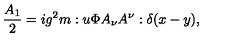
\frac { A _ { 1 } } { 2 } = i g ^ { 2 } m : u \Phi A _ { \nu } A ^ { \nu } : \delta ( x - y ) ,